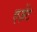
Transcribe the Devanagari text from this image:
एज़ेंट